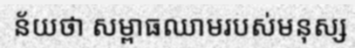
ន័យថា សម្ពាធឈាមរបស់មនុស្ស